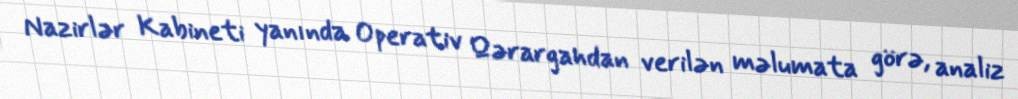
Nazirlər Kabineti yanında Operativ Qərargahdan verilən məlumata görə, analiz